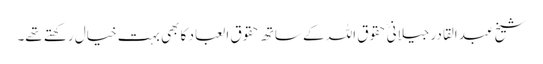
شیخ عبد القادر جیلانیؒ حقوق اللہ کے ساتھ حقوق العباد کا بھی بہت خیال رکھتے تھے۔